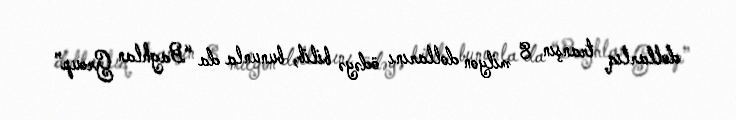
dollarlıq tranşın 8 milyon dollarını ödəyə bilib, bununla da “Baghlan Group”